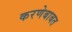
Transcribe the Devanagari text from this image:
करणेबाबत